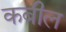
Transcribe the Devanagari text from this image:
कबील